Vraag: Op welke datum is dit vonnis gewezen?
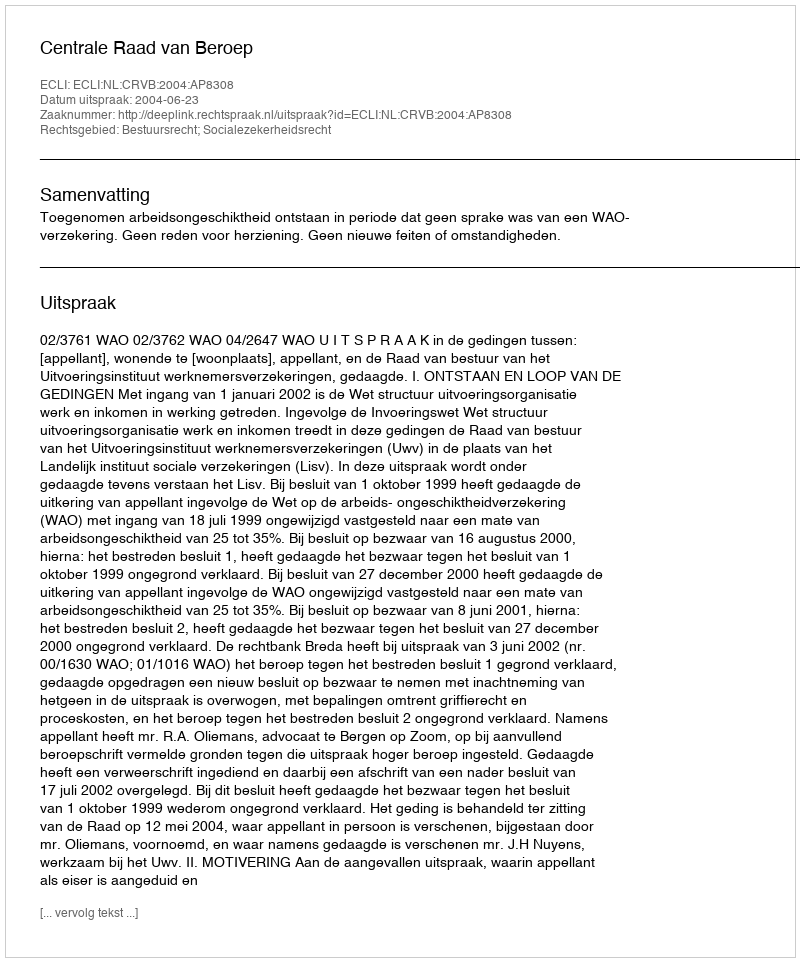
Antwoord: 2004-06-23